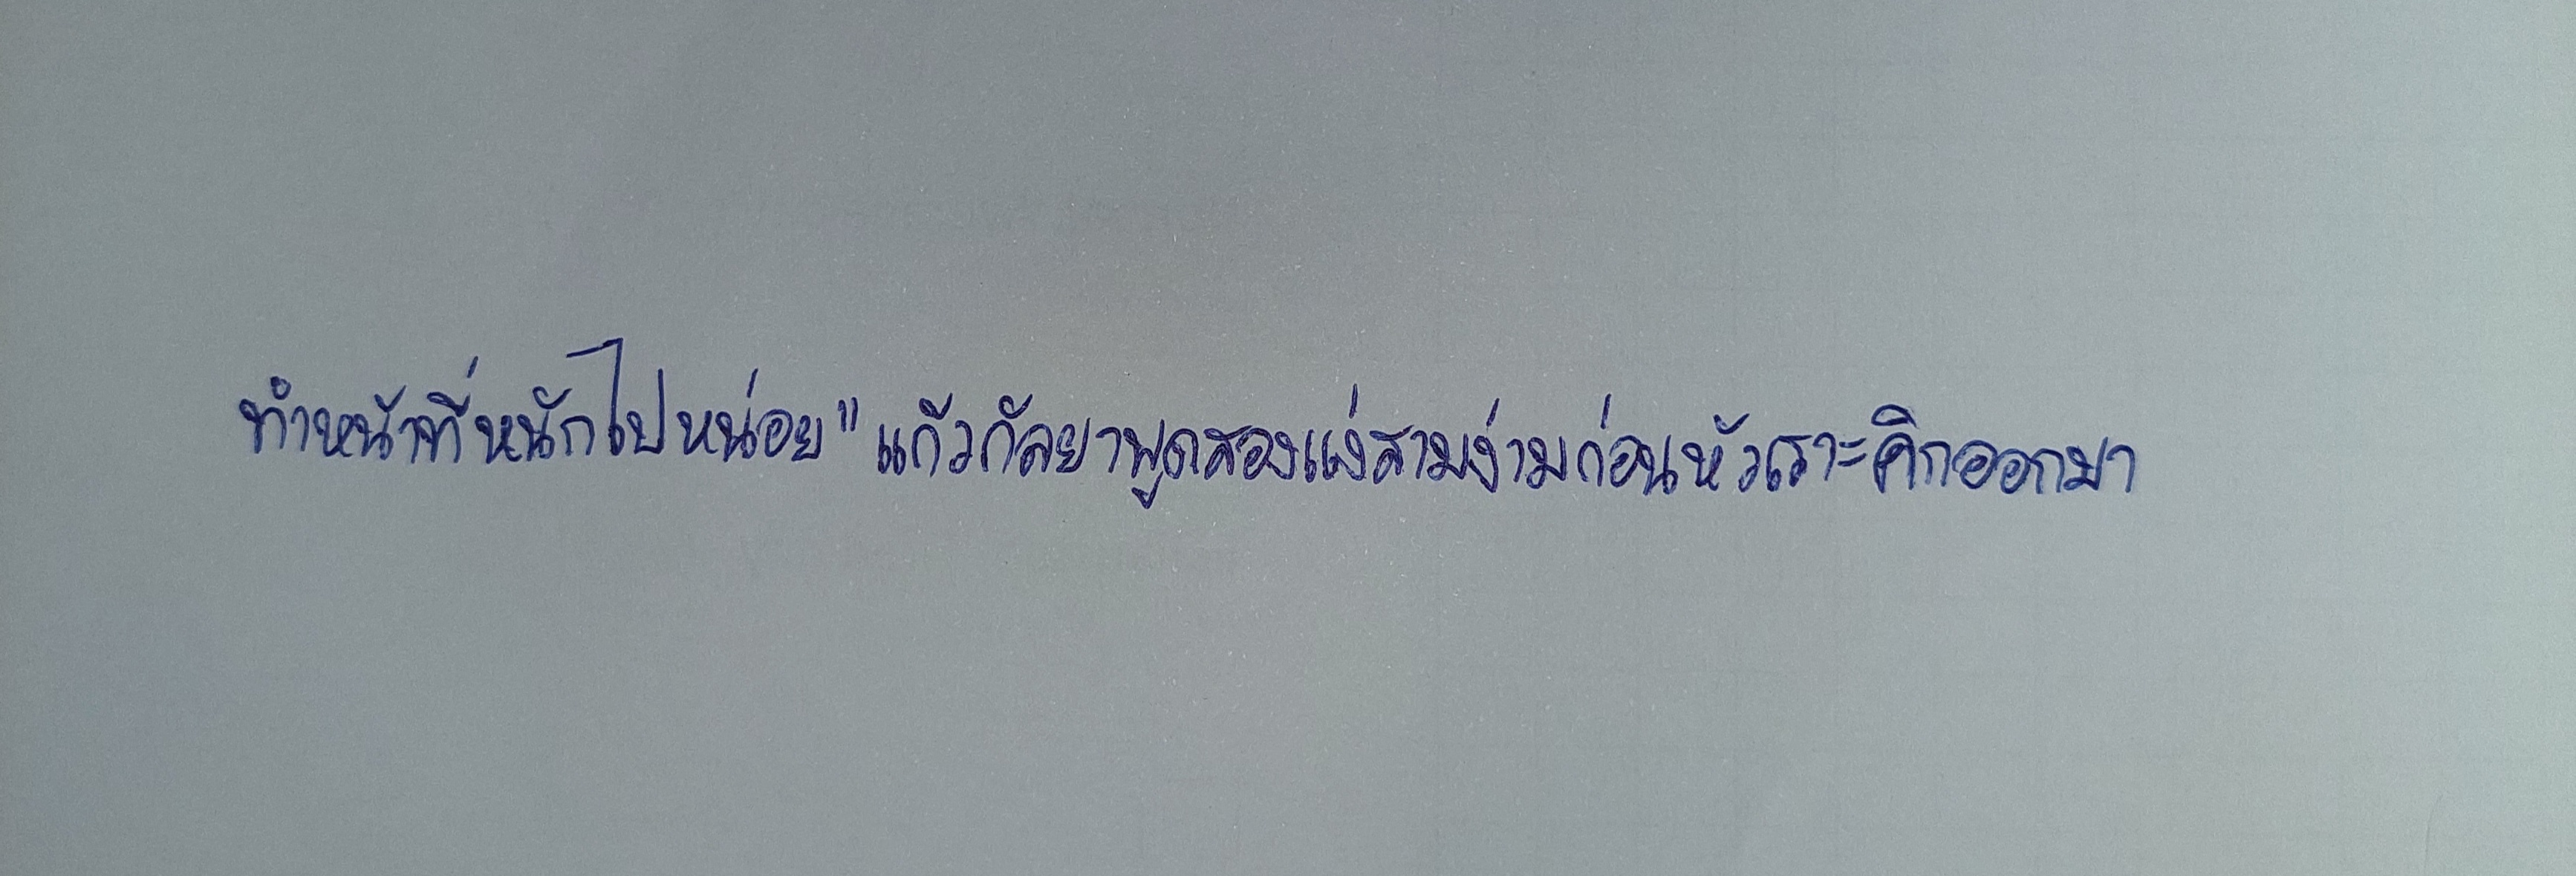
ทำหน้าที่หนักไปหน่อย"แก้วกัลยาพูดสองแง่สามง่ามก่อนจะหัวเราะคิกออกมา